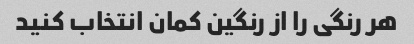
هر رنگی را از رنگین کمان انتخاب کنید